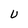
Character: U